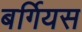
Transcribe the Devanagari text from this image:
बर्गियस